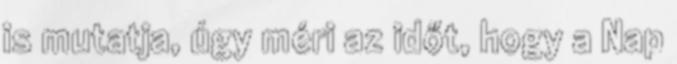
is mutatja, úgy méri az időt, hogy a Nap